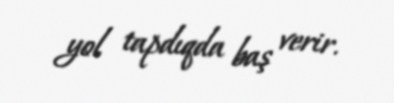
yol tapdıqda baş verir.